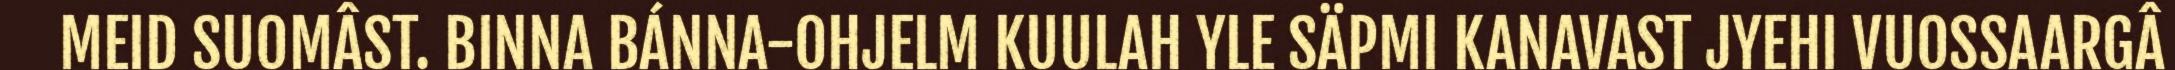
MEID SUOMÂST. BINNA BÁNNA-OHJELM KUULAH YLE SÄPMI KANAVAST JYEHI VUOSSAARGÂ